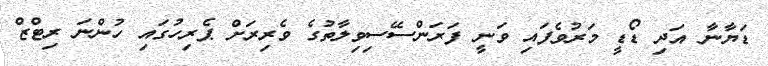
ޑަޔާނާ އަދި ޑޯޑީ މަރުވެފައި ވަނީ ފަރަންސޭސިވިލާތުގެ ވެރިރަށް ޕެރިހުގައި ހުންނަ ރިޓްޒް